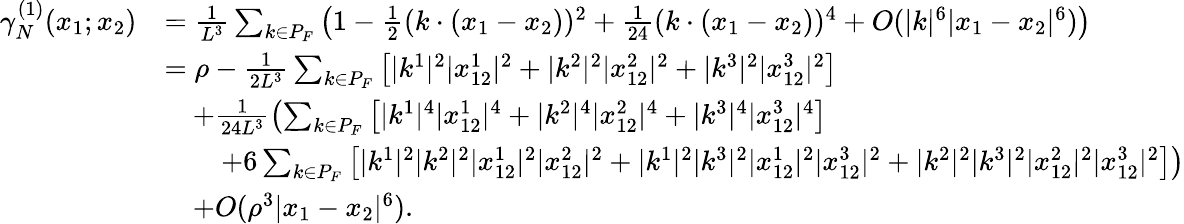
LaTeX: \begin{array}{rl}{\gamma_{N}^{(1)}(x_{1};x_{2})}&{=\frac{1}{L^{3}}\sum_{k\in P_{F}}\left(1-\frac{1}{2}(k\cdot(x_{1}-x_{2}))^{2}+\frac{1}{24}(k\cdot(x_{1}-x_{2}))^{4}+O(|k|^{6}|x_{1}-x_{2}|^{6})\right)}\\ &{=\rho-\frac{1}{2L^{3}}\sum_{k\in P_{F}}\left[|k^{1}|^{2}|x_{12}^{1}|^{2}+|k^{2}|^{2}|x_{12}^{2}|^{2}+|k^{3}|^{2}|x_{12}^{3}|^{2}\right]}\\ &{\quad+\frac{1}{24L^{3}}\left(\sum_{k\in P_{F}}\left[|k^{1}|^{4}|x_{12}^{1}|^{4}+|k^{2}|^{4}|x_{12}^{2}|^{4}+|k^{3}|^{4}|x_{12}^{3}|^{4}\right]\right.}\\ &{\qquad\left.+6\sum_{k\in P_{F}}\left[|k^{1}|^{2}|k^{2}|^{2}|x_{12}^{1}|^{2}|x_{12}^{2}|^{2}+|k^{1}|^{2}|k^{3}|^{2}|x_{12}^{1}|^{2}|x_{12}^{3}|^{2}+|k^{2}|^{2}|k^{3}|^{2}|x_{12}^{2}|^{2}|x_{12}^{3}|^{2}\right]\right)}\\ &{\quad+O(\rho^{3}|x_{1}-x_{2}|^{6}).}\end{array}